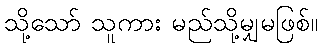
သို့သော် သူကား မည်သို့မျှမဖြစ်။